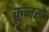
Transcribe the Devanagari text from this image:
क्रूज़रों